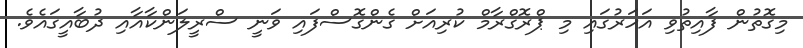
މިގޮތުން ފާއިތުވި އަހަރުގައި މި ޕްރޮގްރާމް ކުރިއަށް ގެންގޮސްފައި ވަނީ ސްރީލަންކާއާއި ދުބާއީގައެވެ.